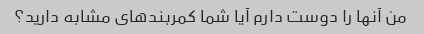
من آنها را دوست دارم آیا شما کمربندهای مشابه دارید؟